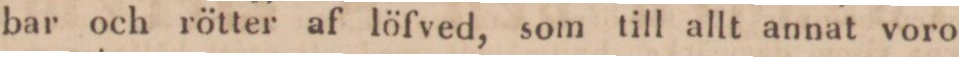
bar och rötter af löfved, som till allt annat voro